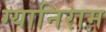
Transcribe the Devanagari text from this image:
ग्यानिराम